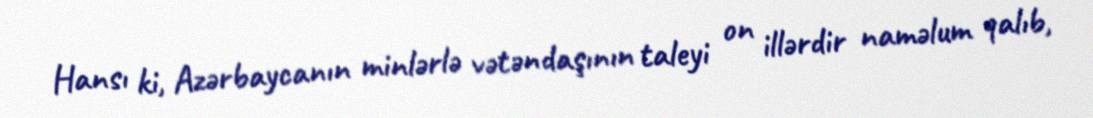
Hansı ki, Azərbaycanın minlərlə vətəndaşının taleyi on illərdir naməlum qalıb,